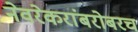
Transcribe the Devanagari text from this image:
नेवरेकरांबरोबरच